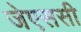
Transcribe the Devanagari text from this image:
जेएससी